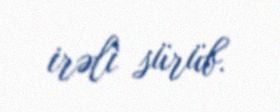
irəli sürüb.